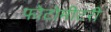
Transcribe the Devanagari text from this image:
फोटोमीटरी